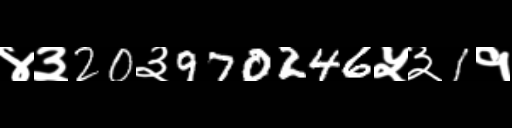
Text: ४३20३970246५३1१